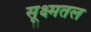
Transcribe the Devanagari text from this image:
सूक्ष्मतल